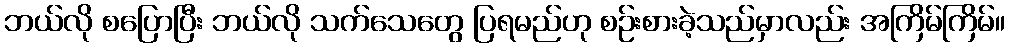
ဘယ်လို စပြောပြီး ဘယ်လို သက်သေတွေ ပြရမည်ဟု စဉ်းစားခဲ့သည်မှာလည်း အကြိမ်ကြိမ်။